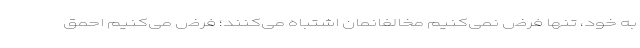
به خود، تنها فرض نمی‌کنیم مخالفانمان اشتباه می‌کنند؛ فرض می‌کنیم احمق